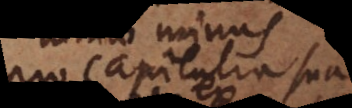
pro sapientia sua